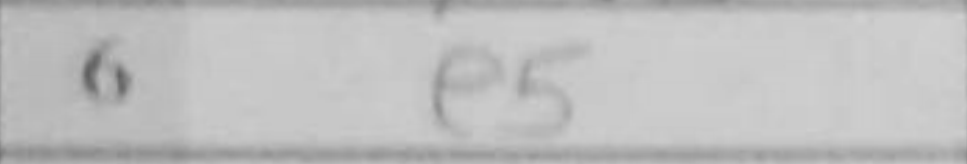
Transcription: e5